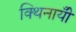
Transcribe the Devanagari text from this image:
क्थिनायीँ